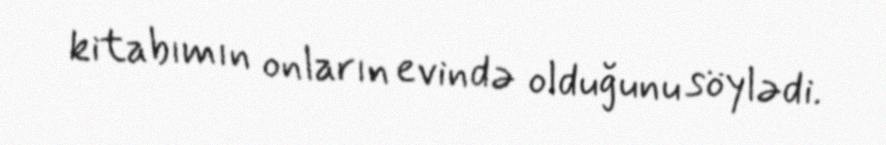
kitabımın onların evində olduğunu söylədi.